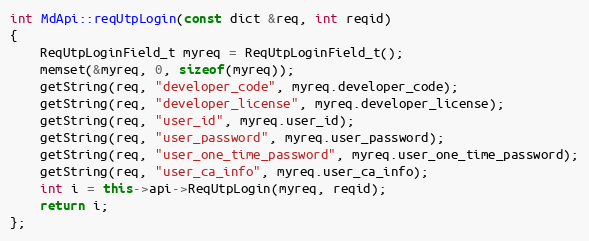
Language: C++
int MdApi::reqUtpLogin(const dict &req, int reqid)
{
	ReqUtpLoginField_t myreq = ReqUtpLoginField_t();
	memset(&myreq, 0, sizeof(myreq));
	getString(req, "developer_code", myreq.developer_code);
	getString(req, "developer_license", myreq.developer_license);
	getString(req, "user_id", myreq.user_id);
	getString(req, "user_password", myreq.user_password);
	getString(req, "user_one_time_password", myreq.user_one_time_password);
	getString(req, "user_ca_info", myreq.user_ca_info);
	int i = this->api->ReqUtpLogin(myreq, reqid);
	return i;
};